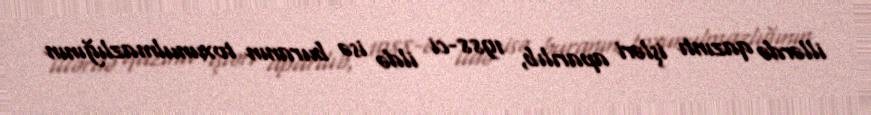
illərdə qazıntı işləri aparılıb, 1988-ci ildə isə buranın toxunulmazlığının